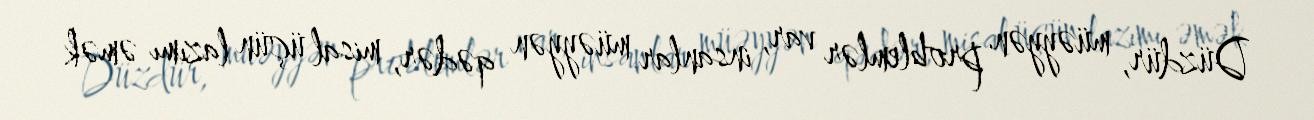
Düzdür, müəyyən problemlər var, insanlar müəyyən qədər, misal üçün lazımı əmək